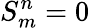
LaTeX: S_{m}^{n}=0